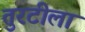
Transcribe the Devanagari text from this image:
तुरटीला